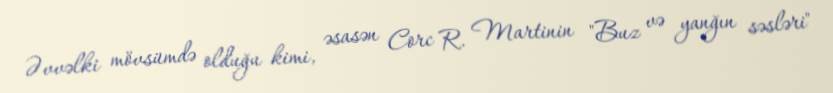
Əvvəlki mövsümdə olduğu kimi, əsasən Corc R. Martinin "Buz və yanğın səsləri"